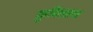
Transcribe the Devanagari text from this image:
कुबिलास